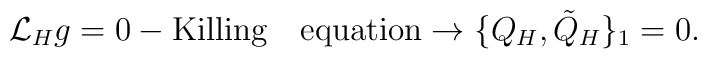
{\cal L}_Hg=0-{\rm {Killing\quad equation}}\rightarrow\{Q_H,{\tilde Q}_H\}_1=0.